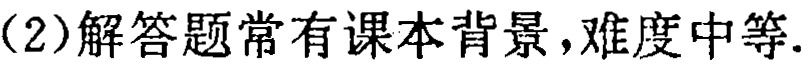
（2）解答题常有课本背景，难度中等.